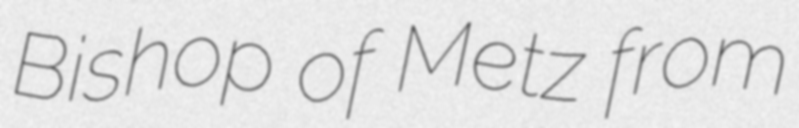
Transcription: Bishop of Metz from